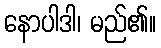
နောပါဒါ၊ မည်၏။